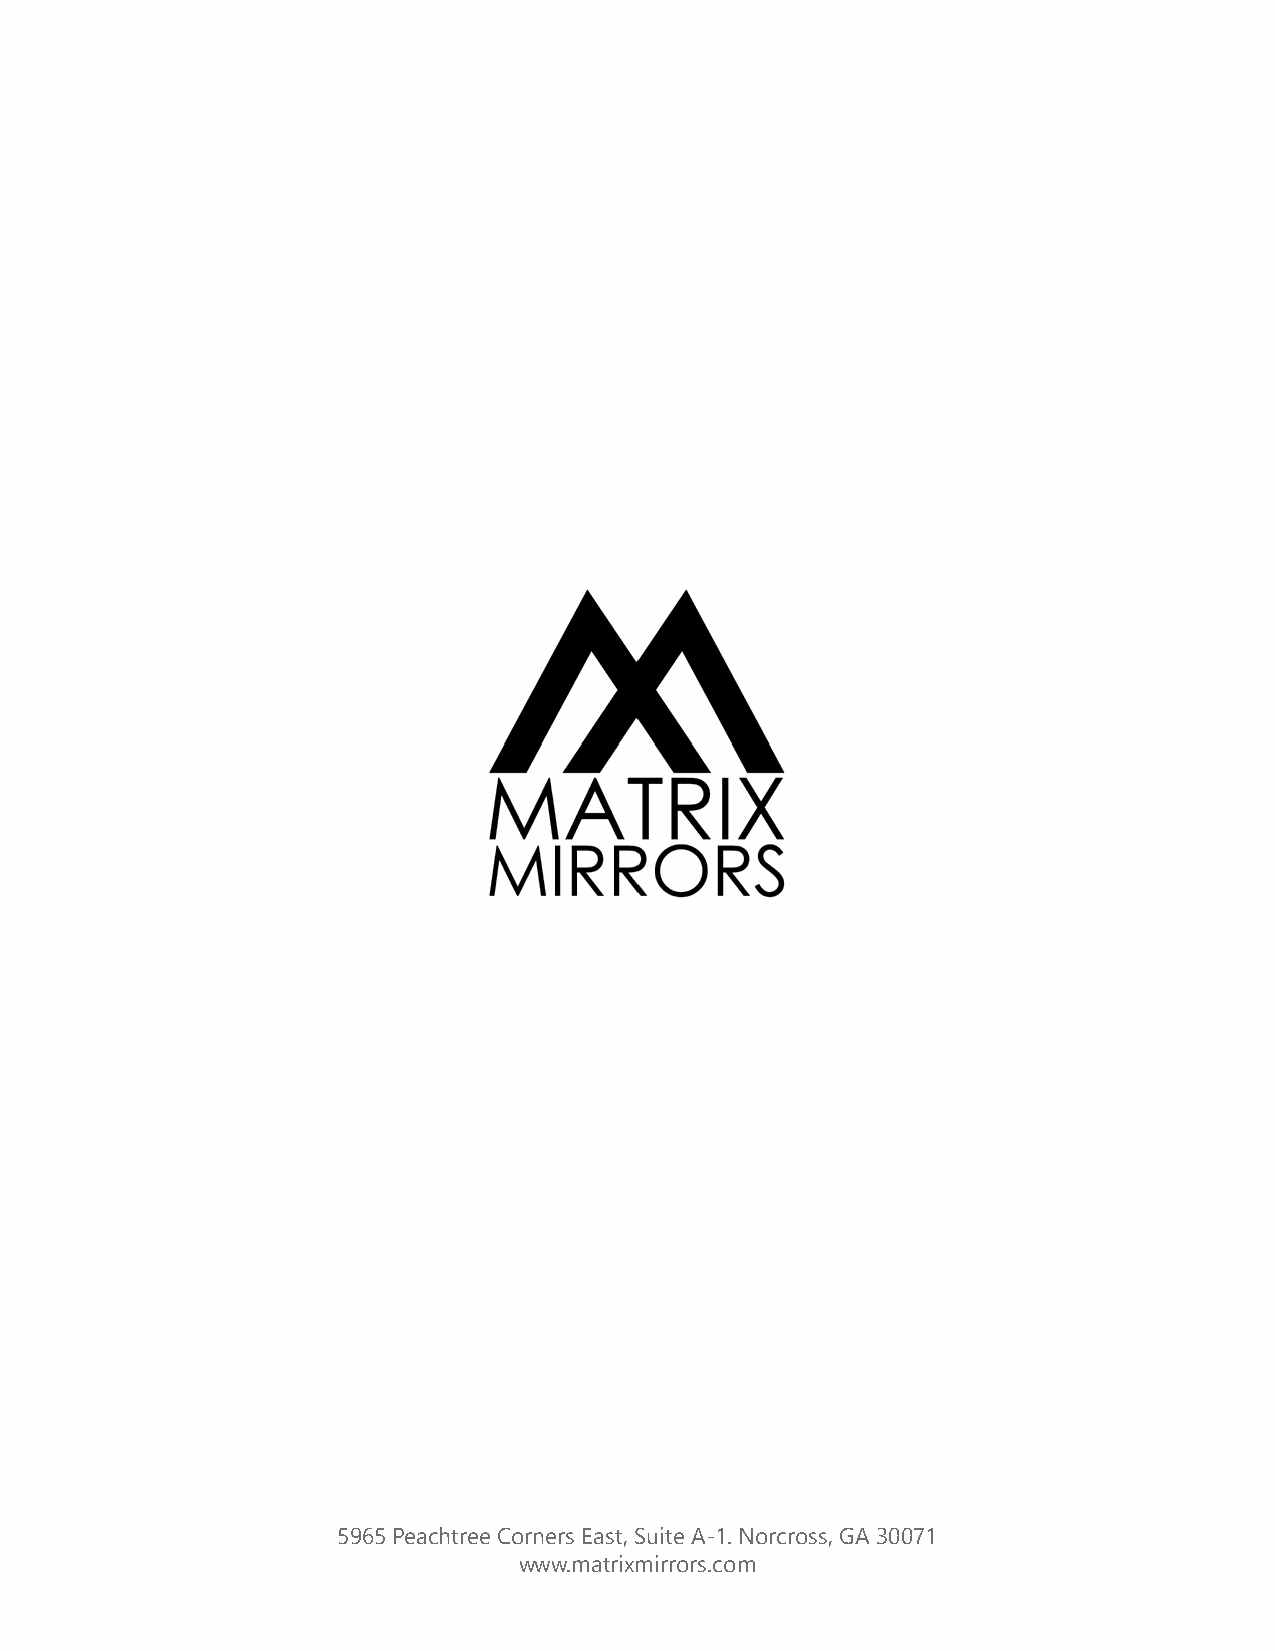
Matrix   Mirrors
 Technical       Details
 L10: Single Short Side Edge Frost - Direct Touch
 5965 Peachtree Corners East, Suite A-1. Norcross, GA 30071
 www.matrixmirrors.com